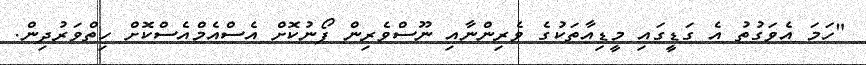
"ހަމަ އެވަގުތު އެ ގަޑީގައި މީޑިއާތަކުގެ ވެރިންނާއި ނޫސްވެރިން ފޯނުކޮށް އެސްއެމްއެސްކޮށް ހިތްވަރުދިން.